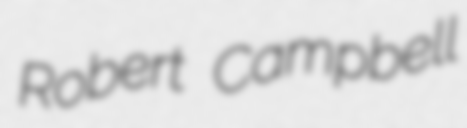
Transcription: Robert Campbell